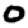
Digit: 0